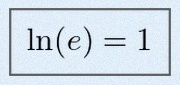
\ln(e)=1